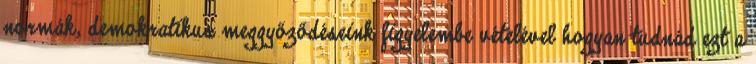
normák, demokratikus meggyőződéseink figyelembe vételével hogyan tudnád ezt a